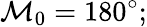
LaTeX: \mathcal{M}_{0}=180^{\circ};